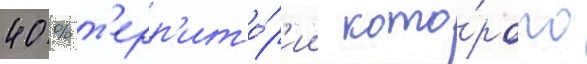
40 % т'ерр'ито́р'ии кото́рого